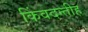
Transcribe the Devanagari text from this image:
किंवदन्तीह